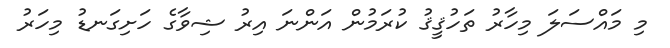
މި މައްސަލަ މިހާރު ތަހުޤީޤު ކުރަމުން އަންނަ އިރު ޝިވާގެ ހަށިގަނޑު މިހަރު